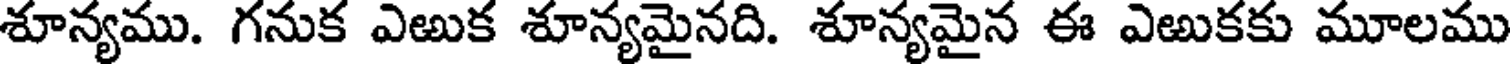
శూన్యము. గనుక ఎఱుక శూన్యమైనది. శూన్యమైన ఈ ఎఱుకకు మూలము